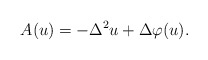
\begin{align*}A(u) = - \Delta^2 u + \Delta \varphi(u).\end{align*}